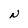
Character: N